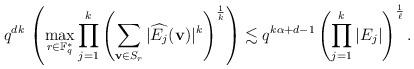
LaTeX: \begin{align*} q^{dk}\, \left(\max\limits_{r\in \mathbb F_q^*} \prod\limits_{j=1}^k\left(\sum\limits_{{\bf v}\in S_r} |\widehat{E_j}({\bf v})|^k \right)^{\frac{1}{k}}\right) \lesssim q^{k\alpha+d-1} \left( \prod\limits_{j=1}^k |E_j| \right)^{\frac{1}{\ell}}.\end{align*}